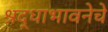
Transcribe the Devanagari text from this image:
श्रद्धाभावनेचे